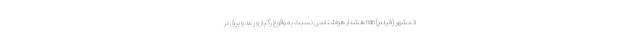
ائمشهر (فیلم) nan هشدار هواشناسی نسبت به وقوع رگبار و رعد و برق در